Annual report on the working of the mental hospitals in the Madras Presidency - 1912-1932
Year: 1912
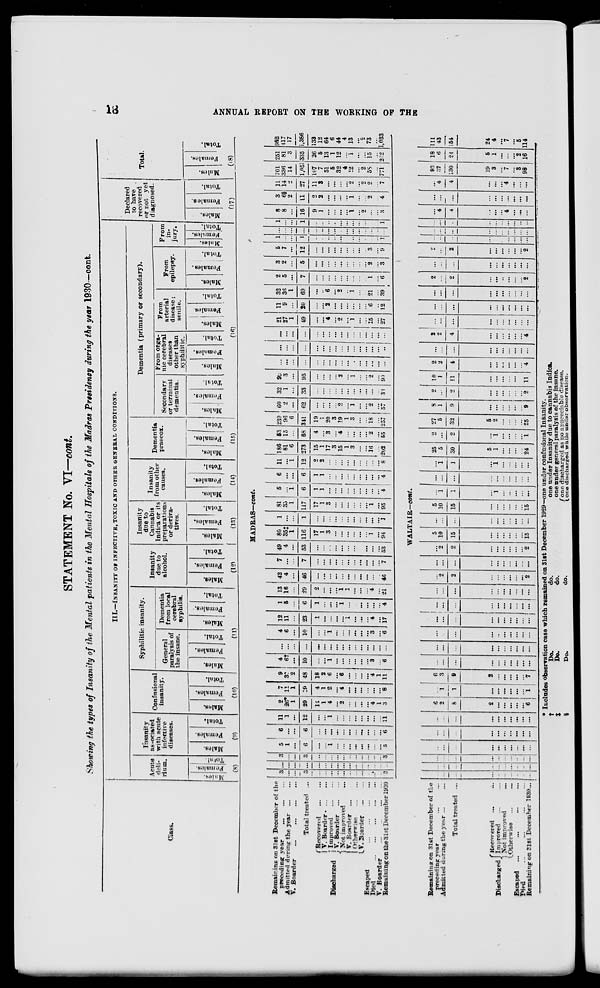
18
ANNUAL REPORT ON THE WORKING OF THE
STATEMENT No. VI—cont.
Showing the types of Insanity of the Mental patients in the Mental Hospitals of the Madras Presidency during the year 1930—cont.
Class.
Remaining on 31st December of the
preceding year
...
...
...
Admitted during the year
...
...
V. Boarder
...
...
...
...
Total treated ...
Discharged
Recovered
...
...
V. Boarder
...
...
Improved
...
...
V. Boarder ... ...
Not improved ...
V. Boarder ...
Otherwise
...
...
V. Boarder
...
...
Escaped
...
...
...
...
Died
...
...
...
...
...
V. Boarder
...
...
...
...
Remaining on the 31st December 1930
III.—INSANITY OF INFECTIVE, TOXIC AND OTHER GENERAL CONDITIONS.
Acute
deli-
rium.
Males.
Females.
Total.
(8)
Insanity
associated
with acute
infective
diseases.
Males.
Females.
Total.
(9)
Confusional
insanity.
Males.
Females.
Total.
(10)
Syphilitic insanity.
General
paralysis of
the insane.
Males.
Females.
Total.
Dementia
from local
cerebral
syphilis.
Males.
Females.
Total.
(11)
Insanity
due to
alcohol.
Males.
Females.
Total.
(12)
Insanity
due to
Cannabis
Indica or its
preparations
or deriva-
tives.
Males.
Females.
Total.
(13)
Insanity
from other
causes.
Males.
Females.
Total.
(14)
Dementia
praecox.
Males.
Females.
Total.
(15)
Dementia (primary or secondary).
Secondary
or terminal
dementia.
Males.
Females.
Total.
From orga-
nic cerebral
diseases
other than
syphilitic.
Males.
Females.
Total.
From
arterial
disease;
senile.
Males.
Females.
Total.
From
epilepsy.
Males.
Females.
Total.
From
in-
jury.
Males.
Females.
Total.
(16)
Declared
to have
recovered
or not yet
diagnosed.
Males.
Females.
Total.
(17)
Total.
Males.
Females.
Total.
(18)
MADRAS—cont.
3
...
...
3
...
...
...
...
...
...
...
...
...
...
...
3
...
...
...
...
...
...
...
...
...
...
...
...
...
...
...
...
3
...
...
3
...
...
...
...
...
...
...
...
...
...
...
3
5
1
...
6
...
...
1
...
...
...
...
...
...
...
...
5
6
...
...
6
...
...
...
...
...
...
...
...
...
...
...
6
11
1
...
12
...
...
1
...
...
...
...
...
...
...
...
11
2
26*
1
29
14
1
4
...
2
...
...
...
...
4
1
3
7
11
1
19
4
1
2
...
4
...
...
...
...
...
...
8
9
37
2
48
18
2
6
...
6
...
...
...
...
4
1
11
4
6†
...
10
...
...
1
...
...
...
...
...
...
3
...
6
...
...
...
...
...
...
...
...
...
...
...
...
...
...
...
...
4
6
...
10
...
...
1
...
...
...
...
...
...
3
...
6
12
11
...
23
1
...
...
...
...
1
...
...
...
4
...
17
1
5
...
6
1
...
...
...
1
...
...
...
...
...
...
4
13
16
...
29
2
...
...
...
1 1
...
...
...
4
...
21
42
4
...
46
...
...
...
...
...
...
...
...
...
...
...
46
7
...
...
7
...
...
...
...
...
...
...
...
...
...
...
7
49
4
...
53
...
...
...
...
...
...
...
...
...
...
...
53
80
35‡
1
116
17
1
3
...
...
...
...
...
...
1
...
94
1
...
...
1
...
...
...
...
...
...
...
...
...
...
...
1
81
35
1
117
17
1
3
...
...
...
...
...
...
1
...
95
5
...
1
6
1
1
...
...
...
...
...
...
...
...
...
4
6
...
...
6
1
1
...
...
...
...
...
...
...
...
...
4
11
...
1
12
2
2
...
...
...
...
...
...
...
...
...
8
186
81
6
273
15
1
17
2
15
1
3
...
...
16
...
202
53
15
...
68
4
...
3
...
4
...
...
...
...
2
...
55
239
96
6
341
19
1
20
3
19
1
3
...
...
18
...
257
60
2
...
62
...
...
...
...
2
...
1
...
...
2
...
57
32
1
...
33
...
...
...
...
...
...
...
...
...
...
...
33
92
3
...
95
...
...
...
...
2
...
1
...
...
2
...
90
...
...
...
...
...
...
...
...
...
...
...
...
...
...
...
...
...
...
...
...
...
...
...
...
...
...
...
...
...
...
...
...
...
...
...
...
...
...
...
...
...
...
...
...
...
...
...
...
21
27
1
49
...
...
4
...
2
...
1
...
...
15
...
27
11
9
...
20
...
...
2
...
...
...
...
...
...
6
...
12
32
36
1
69
...
...
6
...
2
..
1
...
...
21
...
39
2
5
...
7
...
...
...
...
...
...
...
...
1
...
6
3
2
...
5
...
...
...
...
...
...
...
...
...
2
...
3
5
7
...
12
...
...
...
...
...
...
...
...
...
3
...
9
1
...
...
1
...
...
...
...
...
...
...
...
...
...
...
1
...
...
...
...
...
...
...
...
...
...
...
...
...
...
...
...
1
...
...
1
...
...
...
...
...
...
...
...
...
...
...
1
8
8
...
16
9
1
...
...
...
...
1
...
2
...
...
3
3
6§
2
11
2
2
...
...
...
...
1
...
...
2
...
4
11
14
2
27
11
3
...
...
...
...
2
...
2
2
...
7
701
336
14
1,051
107
7
51
5
32
4
12
...
2
58
...
771
251
81
3
335
26
5
13
1
12
...
1
...
...
15
...
262
952
417
17
1,386
133
12
64
6
44
4
13
...
2
73
...
1,033
Remaining on 31st December of the
preceding year ... ... ...
Admitted during the year ... ...
Total treated ...
Discharged.
Recovered ... ...
Improved ... ...
Not improved ...
Otherwise ... ...
Escaped
... ... ... ...
Died ... ... ... ...
Remaining on 31st December 1930...
WALTAIR—cont.
...
...
...
...
...
...
...
...
...
...
...
...
...
...
...
...
...
...
...
...
...
...
...
...
...
...
...
...
...
...
...
...
...
...
...
...
...
...
...
...
...
...
...
...
...
...
...
...
...
...
...
...
...
...
...
...
...
...
6
2
8
2
...
...
...
... ...
6
...
1
1
...
...
...
...
...
...
1
6
3
9
2
...
...
...
...
...
7
...
...
...
...
...
...
...
...
...
...
...
...
...
...
...
...
...
...
...
...
...
...
...
...
..
...
...
...
...
...
...
...
...
...
...
...
...
...
...
...
...
...
...
...
...
...
...
...
...
...
...
...
...
...
...
...
...
...
...
...
...
2
2
...
...
...
...
...
2
...
...
...
...
...
...
...
...
...
...
2
2
...
...
...
...
...
...
2
5
10
15
...
...
...
...
...
...
15
...
...
...
...
...
...
...
...
...
...
5
10
15
...
...
...
...
...
...
15
...
1
1
...
1
...
...
...
...
...
...
...
...
...
...
...
...
...
...
...
...
1
1
...
1
...
...
...
...
...
25
5
30
5
1
...
...
...
...
24
2
...
2
...
1
...
...
...
...
1
27
5
32
5
2
...
...
...
...
25
8
1
9
...
...
...
...
...
...
9
2
...
2
...
...
...
...
...
...
2
10
1
11
...
...
...
...
...
...
11
2
2
4
...
...
...
...
...
... 4
...
...
...
...
...
...
...
...
...
...
2
2
4
...
...
...
...
...
...
4
...
...
...
...
...
...
...
...
... ...
...
...
...
...
...
...
...
...
...
...
...
...
...
...
...
...
...
...
...
...
2
...
2
...
...
..
...
...
...
2
...
...
...
...
...
...
...
...
...
...
2
...
2
...
...
...
...
...
...
2
...
...
...
...
...
...
...
...
...
...
...
...
...
...
...
...
...
...
...
...
...
...
...
...
...
...
...
...
...
...
4
4
...
...
...
4
...
...
...
...
...
...
...
...
...
...
...
...
...
...
4
4
...
...
...
4
...
...
...
93
37
130
19
3
...
7
...
3
98
18
6
24
5
1
...
...
...
2
16
111
43
154
24
4
...
7
...
5
114
* Includes observation case which remained on 31st December 1929—one under confusional Insanity.
†
‡
%
Do.
Do.
Do.
do.
do.
do.
one under Insanity due to cannabis Indica.
one under general paralysis of the insane.
one discharged as no appreciable disease.
one discharged while under observation.